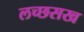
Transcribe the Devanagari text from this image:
लच्छसख